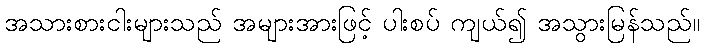
အသားစားငါးများသည် အများအားဖြင့် ပါးစပ် ကျယ်၍ အသွားမြန်သည်။